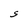
Character: S